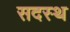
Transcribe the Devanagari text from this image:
सदस्थ